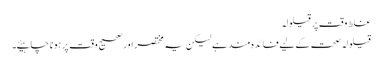
غلط وقت پر قیلولہ
قیلولہ صحت کے لیے فائدہ مند ہے لیکن یہ مختصر اور صحیح وقت پر ہونا چاہیئے۔